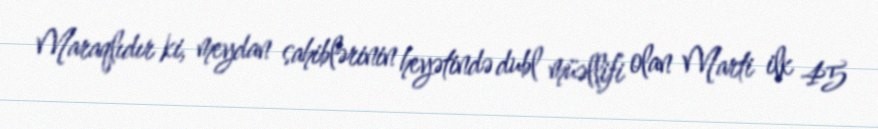
Maraqlıdır ki, meydan sahiblərinin heyətində dubl müəllifi olan Marti ilk 45